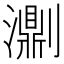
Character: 𤂄